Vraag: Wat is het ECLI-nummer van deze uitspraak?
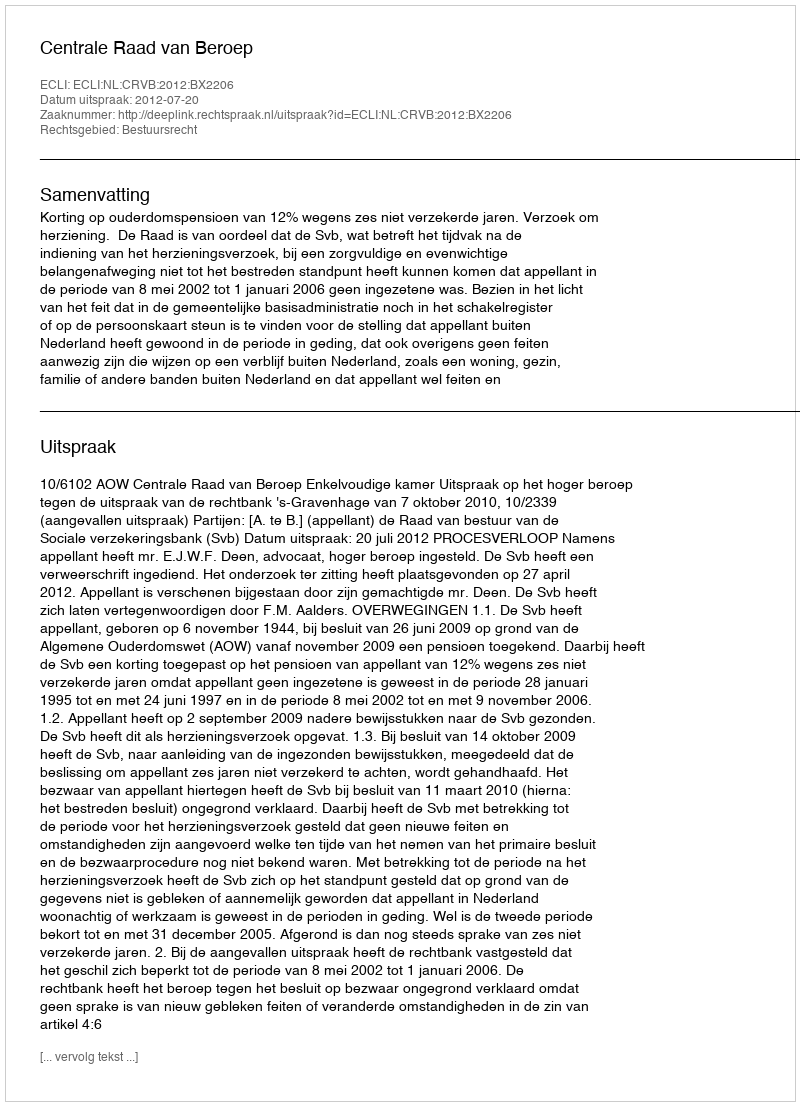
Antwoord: ECLI:NL:CRVB:2012:BX2206